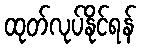
ထုတ်လုပ်နိုင်ရန်